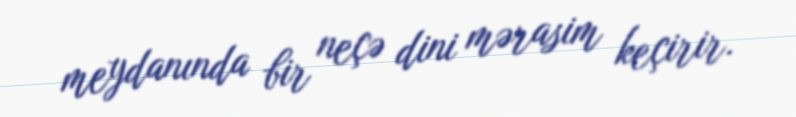
meydanında bir neçə dini mərasim keçirir.